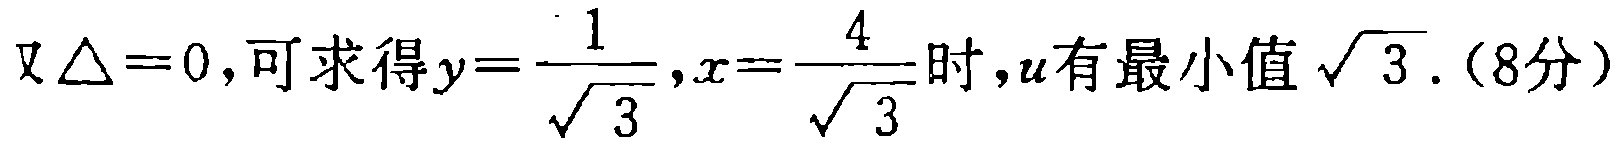
又\(\Delta = 0\)，可求得\(y = \frac{1}{\sqrt{3}},x = \frac{4}{\sqrt{3}}\)时，\(u\)有最小值\(\sqrt{3}\). (8分)